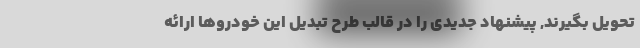
تحویل بگیرند, پیشنهاد جدیدی را در قالب طرح تبدیل این خودروها ارائه